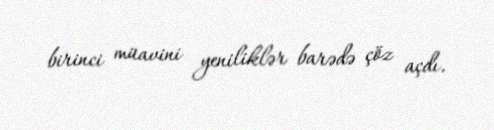
birinci müavini yeniliklər barədə çöz açdı.